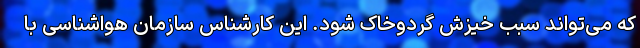
که می‌تواند سبب خیزش گرد‌وخاک شود. این کارشناس سازمان هواشناسی با